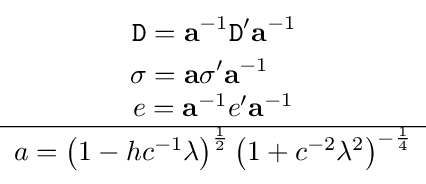
{\begin{matrix}{\begin{aligned}{\mathtt {D}}&=\mathbf {a} ^{-1}{\mathtt {D}}'\mathbf {a} ^{-1}\\{\mathtt {\sigma }}&=\mathbf {a} {\mathtt {\sigma }}'\mathbf {a} ^{-1}\end{aligned}}\\e=\mathbf {a} ^{-1}e'\mathbf {a} ^{-1}\\\hline a=\left(1-hc^{-1}\lambda \right)^{\frac {1}{2}}\left(1+c^{-2}\lambda ^{2}\right)^{-{\frac {1}{4}}}\end{matrix}}